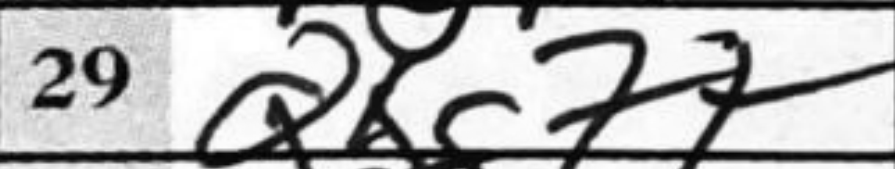
Transcription: Qxg7+